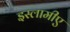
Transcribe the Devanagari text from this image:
इस्लामीए